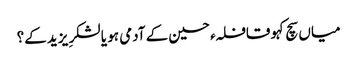
میاں سچ کہو قافلہء حسین کے آدمی ہو یا لشکرِ یزید کے؟